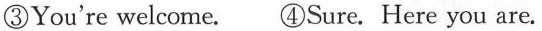
③You're welcome. ④Sure. Here you are.